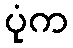
ပုံက